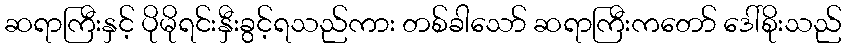
ဆရာကြီးနှင့် ပိုမိုရင်းနှီးခွင့်ရသည်ကား တစ်ခါသော် ဆရာကြီးကတော် ဒေါ်စိုးသည်